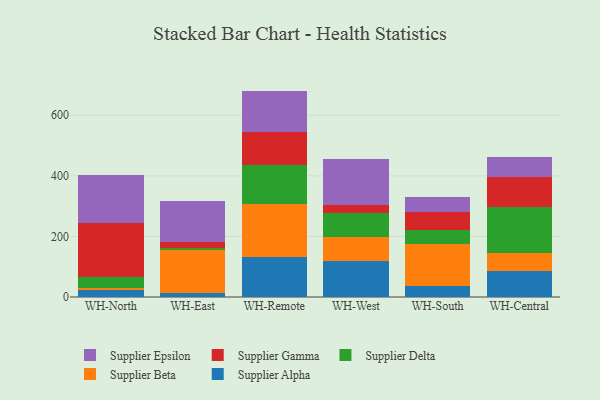
{"axis": {"x": "Warehouse", "y": "Customer Acquisition Cost (USD)"}, "legend": ["Supplier Alpha", "Supplier Beta", "Supplier Delta", "Supplier Epsilon", "Supplier Gamma"], "data": [{"x": "WH-North", "y": 22.5, "type": "Supplier Alpha"}, {"x": "WH-North", "y": 8.2, "type": "Supplier Beta"}, {"x": "WH-North", "y": 35.4, "type": "Supplier Delta"}, {"x": "WH-North", "y": 177.5, "type": "Supplier Gamma"}, {"x": "WH-North", "y": 158.6, "type": "Supplier Epsilon"}, {"x": "WH-East", "y": 12.7, "type": "Supplier Alpha"}, {"x": "WH-East", "y": 142.3, "type": "Supplier Beta"}, {"x": "WH-East", "y": 7.6, "type": "Supplier Delta"}, {"x": "WH-East", "y": 19.2, "type": "Supplier Gamma"}, {"x": "WH-East", "y": 135.6, "type": "Supplier Epsilon"}, {"x": "WH-Remote", "y": 131.1, "type": "Supplier Alpha"}, {"x": "WH-Remote", "y": 175.6, "type": "Supplier Beta"}, {"x": "WH-Remote", "y": 130.8, "type": "Supplier Delta"}, {"x": "WH-Remote", "y": 107.3, "type": "Supplier Gamma"}, {"x": "WH-Remote", "y": 135.9, "type": "Supplier Epsilon"}, {"x": "WH-West", "y": 119.0, "type": "Supplier Alpha"}, {"x": "WH-West", "y": 80.6, "type": "Supplier Beta"}, {"x": "WH-West", "y": 77.1, "type": "Supplier Delta"}, {"x": "WH-West", "y": 28.6, "type": "Supplier Gamma"}, {"x": "WH-West", "y": 151.0, "type": "Supplier Epsilon"}, {"x": "WH-South", "y": 36.4, "type": "Supplier Alpha"}, {"x": "WH-South", "y": 139.1, "type": "Supplier Beta"}, {"x": "WH-South", "y": 44.4, "type": "Supplier Delta"}, {"x": "WH-South", "y": 60.4, "type": "Supplier Gamma"}, {"x": "WH-South", "y": 49.0, "type": "Supplier Epsilon"}, {"x": "WH-Central", "y": 85.7, "type": "Supplier Alpha"}, {"x": "WH-Central", "y": 61.1, "type": "Supplier Beta"}, {"x": "WH-Central", "y": 150.4, "type": "Supplier Delta"}, {"x": "WH-Central", "y": 99.9, "type": "Supplier Gamma"}, {"x": "WH-Central", "y": 66.2, "type": "Supplier Epsilon"}]}